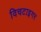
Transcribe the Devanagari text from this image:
विचटाइगर